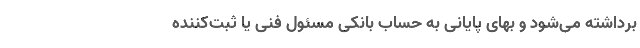
برداشته می‌شود و بهای پایانی به حساب بانکی مسئول فنی یا ثبت‌کننده